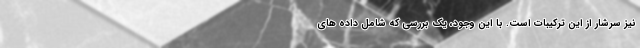
نیز سرشار از این ترکیبات است. با این وجود، یک بررسی که شامل داده های